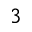
_ { 3 }